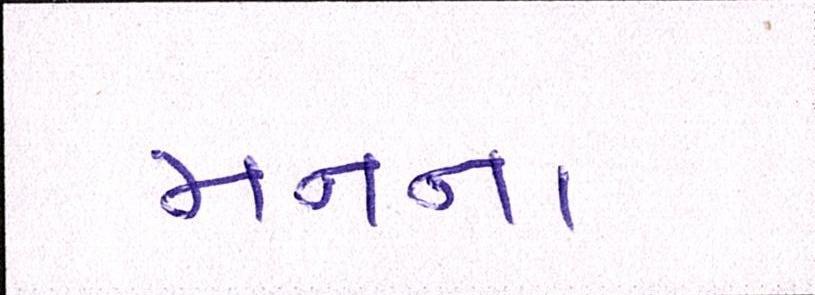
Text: મનના